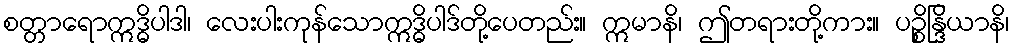
စတ္တာရောဣဒ္ဓိပါဒါ၊ လေးပါးကုန်သောဣဒ္ဓိပါဒ်တို့ပေတည်း။ ဣမာနိ၊ ဤတရားတို့ကား။ ပဉ္စိန္ဒြိယာနိ၊